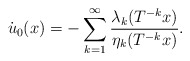
\begin{align*}\dot u_0(x)=-\sum_{k=1}\sp \infty\frac{\lambda_k(T\sp{-k}x)}{\eta_k(T\sp{-k}x)}.\end{align*}